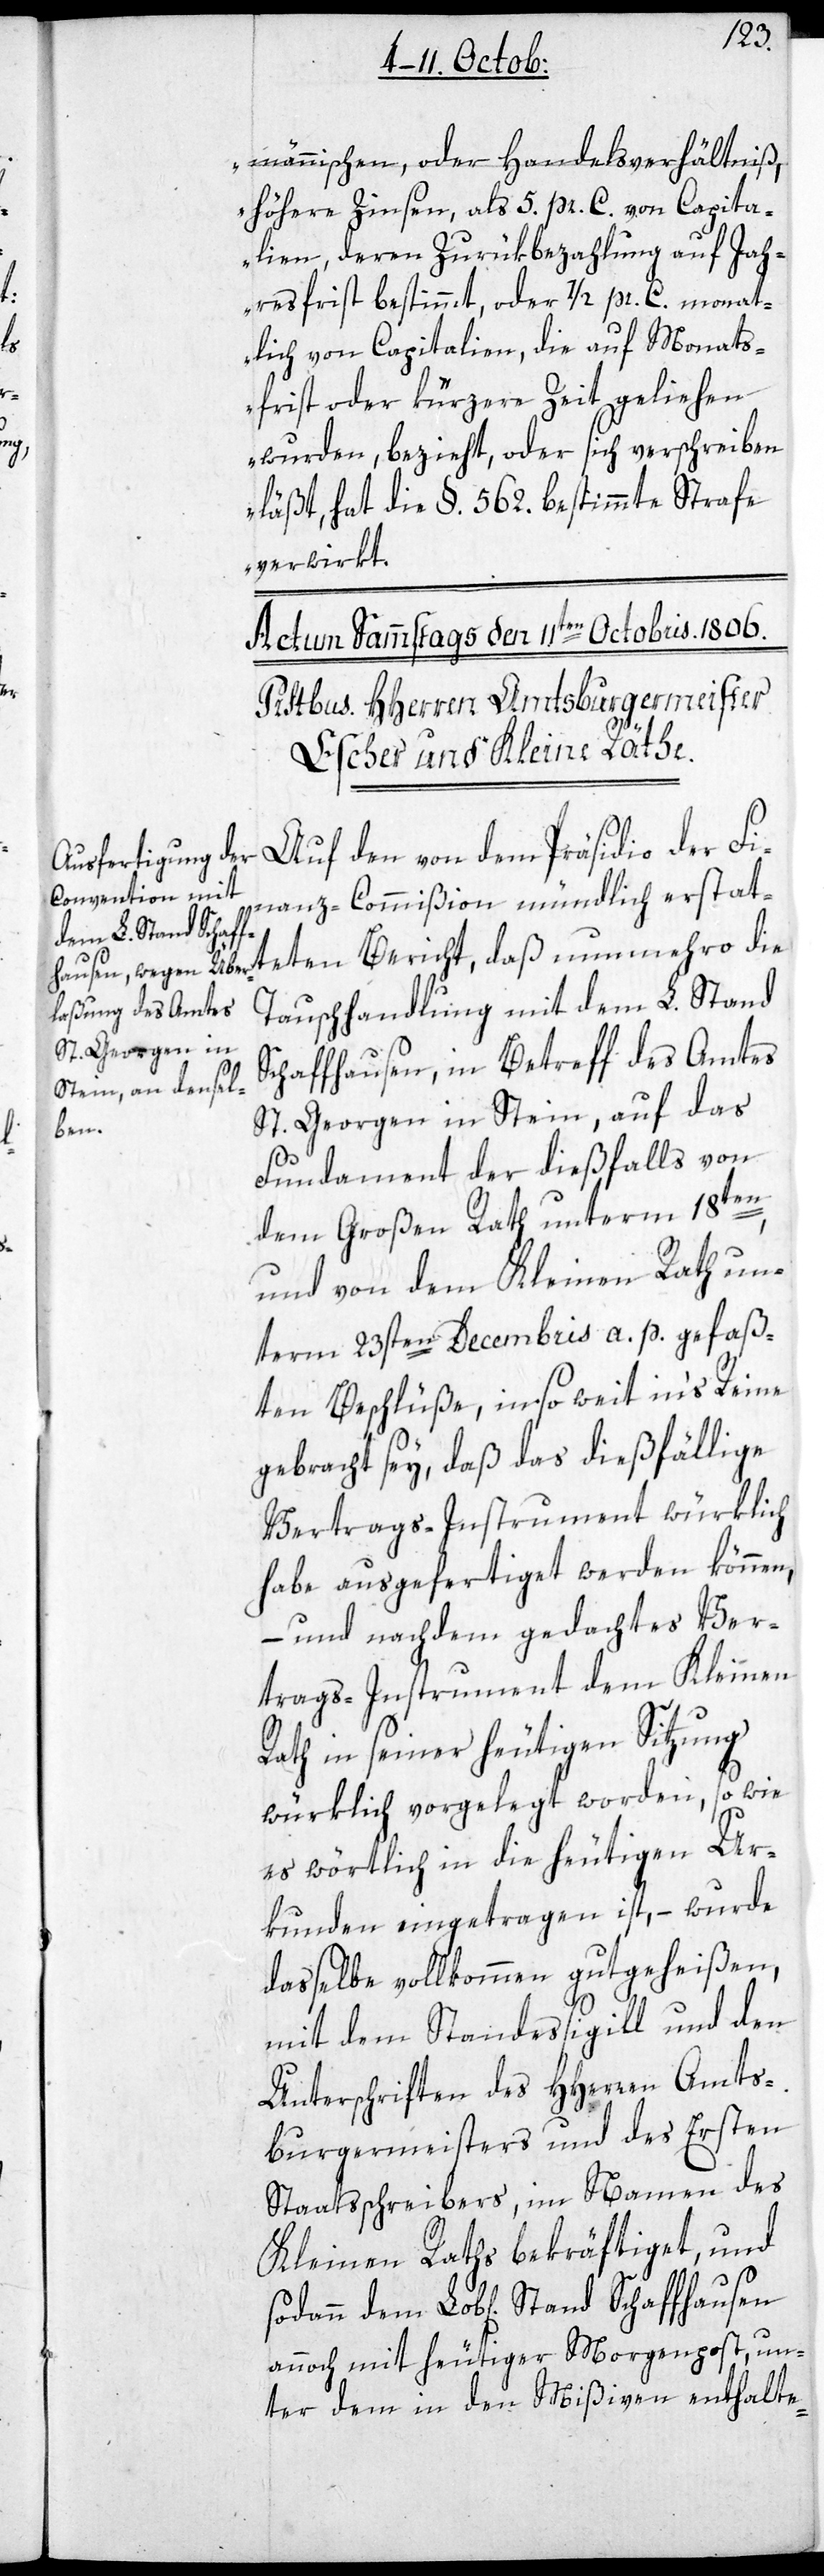
männischen, oder Handelsverhältniß,
höhere Zinsen, als 5. pr. C. von Capita¬
lien, deren Zurükbezahlung auf Jah¬
resfrist bestimmt, oder 1/2 pr. C. monat¬
lich von Capitalien, die auf Monats¬
frist oder kürzere Zeit geliehen
wurden, bezieht, oder sich verschreiben
läßt, hat die §. 562. bestimmte Strafe
verwirkt“.
Auf den von dem Präsidio der Fi¬
nanz-Commißion mündlich erstatt¬
Tauschhandlung mit dem L. Stand
Schaffhausen, in Betreff des Amtes
St. Georgen in Stein, auf das
eten
Fundament der dießfalls von
dem Großen Rath unterm 18ten
und von dem Kleinen Rath un¬
term 23sten Decembris a. p. gefaß¬
ten Beschlüße, in so weit ins Reine
gebracht sey, daß das dießfällige
Vertrags-Instrument würklich
habe ausgefertiget werden können,
– und nachdem gedachtes Ver¬
trags-Instrument dem Kleinen
Rath in seiner heutigen Sitzung
würklich vorgelegt worden, so wie
es wörtlich in die heutigen Ur¬
kunden eingetragen ist, – wurde
dasselbe vollkommen gutgeheißen,
mit dem Standessigill und den
Unterschriften des HHerren Amts¬
burgermeisters und des ersten
Staatsschreibers, im Namen des
Kleinen Raths bekräftiget, und
annoch mit heutiger Morgenpost, un¬
ter dem in den Mißiven enthalte-